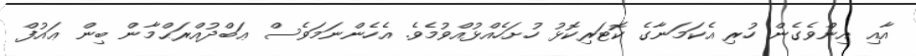
އާއި އިންވެގެން ހުރި އެކަމަނާގެ ކޮޓަރިކޮޅު ހުށަހެއްޅުއްވުމެވެ. އެހެންނަމަވެސް ޢަބްދުއްރަޙްމާން ބިން ޢައުފް